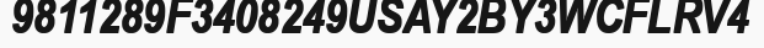
9811289F3408249USAY2BY3WCFLRV4